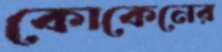
কোকেনের